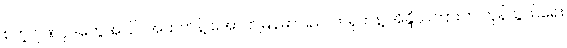
စတဲ့ ဂုဏ်ပုဒ်တွေအပြင် အထက်နဲ့ အောက်မြန်မာပြည်၊ တရုတ်နဲ့ အိန္ဒိယကြားက ကုန်သွယ်ရေး